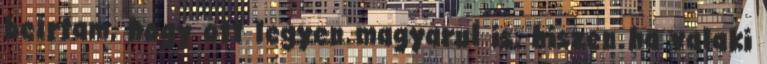
beírtam, hogy ott legyen magyarul is, hiszen ha valaki